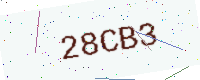
Text: 28CB3